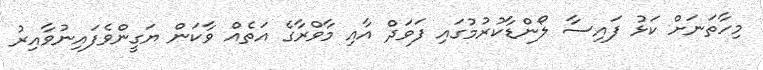
މިހާތަނަށް ކަޅު ފައިސާ ލޯންޑާކުރުމުގައި ފަވަދް އާއި މާވްރާގެ އަތެއް ވާކަން ޔަގީންވެފައިނުވާއިރު